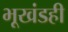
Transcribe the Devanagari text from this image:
भूखंडही